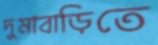
দুমাবাড়িতে